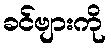
ခင်ဗျားကို